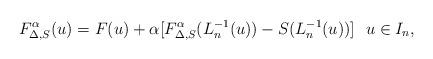
LaTeX: \begin{align*} F^{\alpha}_{\Delta,S}(u)= F(u) + \alpha [F^{\alpha}_{\Delta,S}(L_n^{-1}(u)) - S(L_n^{-1}(u))] ~~ u\in I_n, \end{align*}